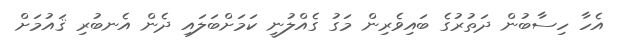
އެހާ ހިސާބުން ދަތުރުގެ ބައިވެރިން މަގު ގެއްލުނީ ކަމަށްބަލައި ދެން އެނބުރި ޤައުމަށް